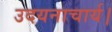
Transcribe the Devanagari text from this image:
उदयनाचार्य।